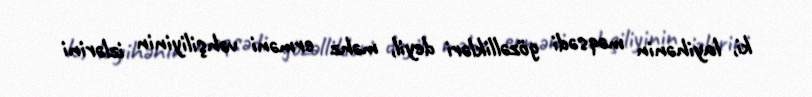
ki, layihənin məqsədi gözəllikləri deyil, məhz erməni vəhşiliyinin izlərini